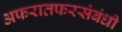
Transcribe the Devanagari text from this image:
अफरातफरसंबंधी